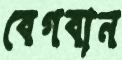
বেগবান